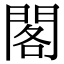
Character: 閣